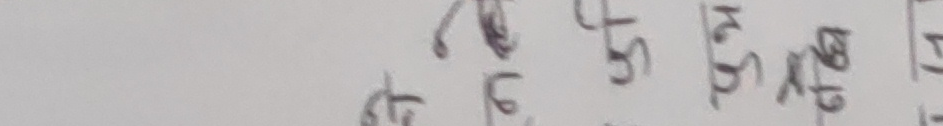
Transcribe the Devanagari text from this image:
७८९०१२३४५६